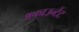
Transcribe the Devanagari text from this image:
अकाउन्टेंट